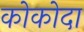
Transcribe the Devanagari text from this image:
कोकोदा